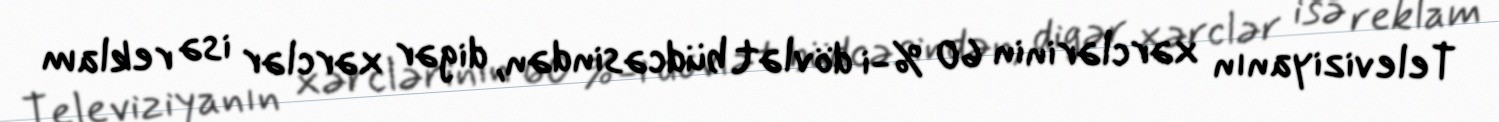
Televiziyanın xərclərinin 60 %-i dövlət büdcəsindən, digər xərclər isə reklam